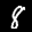
Label: 8